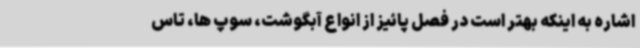
اشاره به اینکه بهتر است در فصل پائیز از انواع آبگوشت، سوپ ها، تاس